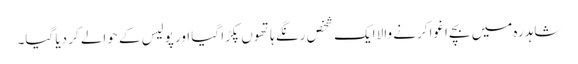
شاہدرہ میں بچے اغوا کرنے والا ایک شخص رنگے ہاتھوں پکڑا گیا اور پولیس کے حوالے کر دیا گیا۔